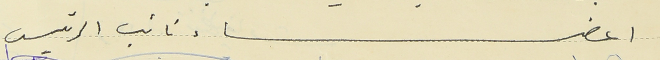
اعضاء نائب الرئيس